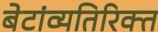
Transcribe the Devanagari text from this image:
बेटांव्यतिरिक्त